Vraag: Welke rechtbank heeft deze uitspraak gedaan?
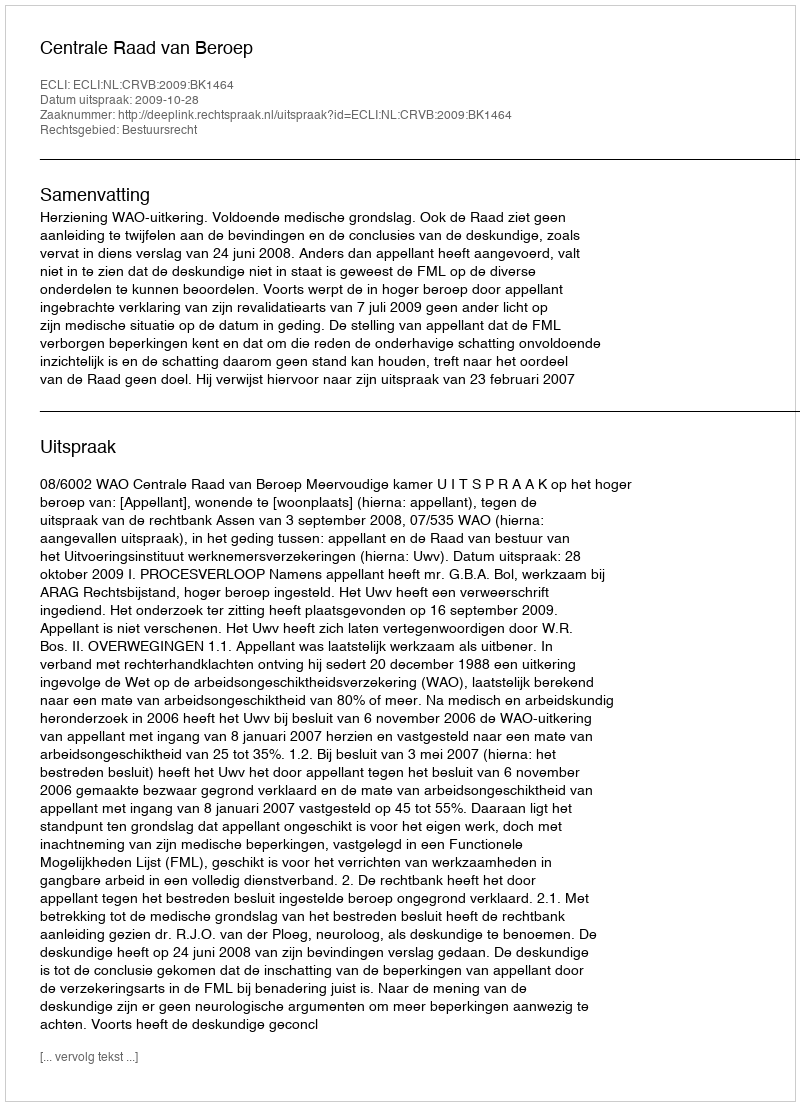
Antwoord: Centrale Raad van Beroep